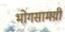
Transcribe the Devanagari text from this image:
भोगसामग्री